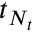
t _ { N _ { t } }